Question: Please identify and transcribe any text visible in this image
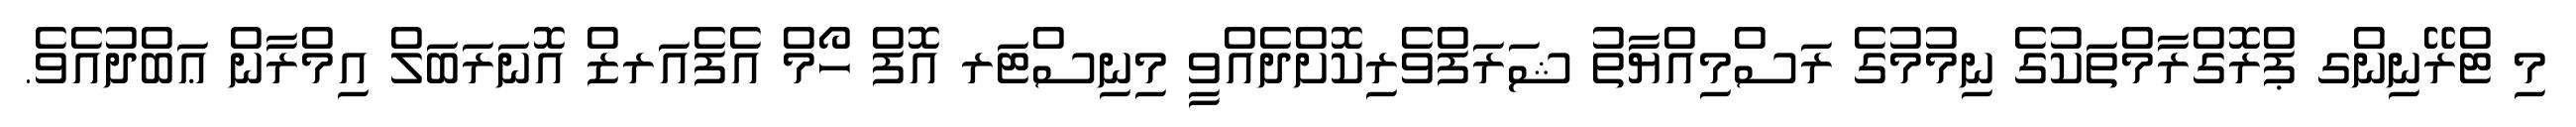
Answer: މި ޓްރޭނިންގ ޕްރޮގްރާމްތަކުގެ ނިމުމުގެ ރަސްމިއްޔާތު ޝަރަފްވެރިކޮށްދެއްވީ މިނިސްޓަރ އޮފް ހޯމް އެފެއަރޒް އޮނަރަބަލް އިމްރާން ޢަބްދުއެވެ.